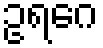
ဥရဂေ